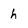
Character: h